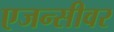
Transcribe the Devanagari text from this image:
एजन्सीवर